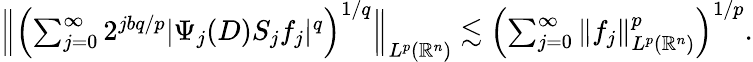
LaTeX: \begin{array}{r}{\Big\| \Big({\sum_{j=0}^{\infty}2^{jbq/p}|\Psi_{j}(D)S_{j}f_{j}|^{q}}\Big)^{1/q}\Big\| _{L^{p}(\mathbb{R}^{n})}\lesssim\Big({\sum_{j=0}^{\infty}\| f_{j}\| _{L^{p}(\mathbb{R}^{n})}^{p}}\Big)^{1/p}.}\end{array}